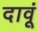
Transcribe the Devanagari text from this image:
दावूं